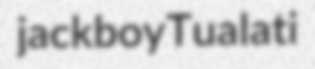
jackboy Tualati